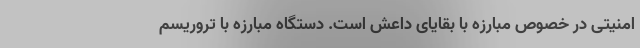
امنیتی در خصوص مبارزه با بقایای داعش است. دستگاه مبارزه با تروریسم